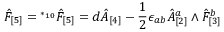
\hat { F } _ { [ 5 ] } = { } ^ { * _ { 1 0 } } \hat { F } _ { [ 5 ] } = d \hat { A } _ { [ 4 ] } - \frac 1 2 \epsilon _ { a b } \hat { A } _ { [ 2 ] } ^ { a } \wedge \hat { F } _ { [ 3 ] } ^ { b }